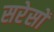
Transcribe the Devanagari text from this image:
सरेसों